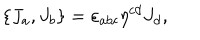
\{ J _ { a } , J _ { b } \} = \varepsilon _ { a b c } \eta ^ { c d } J _ { d } ,